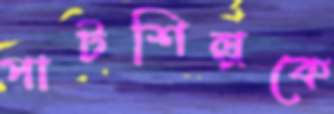
পাটশিল্পকে